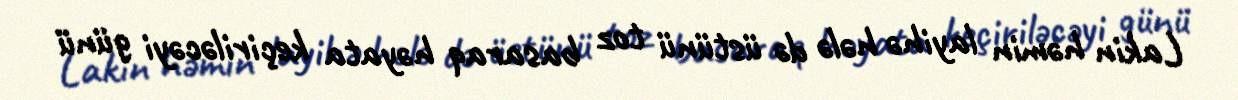
Lakin həmin layihə hələ də üstünü toz basaraq həyata keçiriləcəyi günü